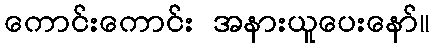
ကောင်းကောင်း အနားယူပေးနော်။